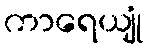
ကာရေယျုံ